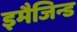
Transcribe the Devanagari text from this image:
इमैजिन्ड